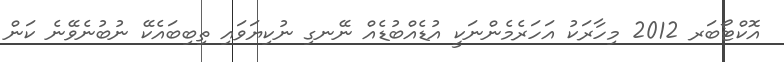
އޮކްޓޯބަރ 2012 މިހާރަކު އަހަރެމެންނަކީ އުޑެއްބުޑެއް ނޭނގި ނުކިޔަވައި ތިބިބައެކޭ ނުބުނެވޭނެ ކަން